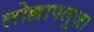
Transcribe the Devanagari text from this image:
लोल्लापलूज़ा